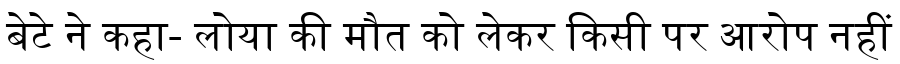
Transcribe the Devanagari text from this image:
बेटे ने कहा- लोया की मौत को लेकर किसी पर आरोप नहीं